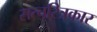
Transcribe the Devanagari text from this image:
सत्चरित्रकार